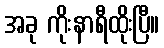
အခု ကိုးနာရီထိုးပြီ။